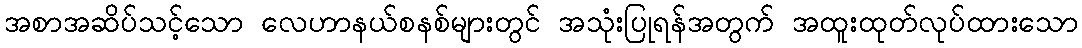
အစာအဆိပ်သင့်သော လေဟာနယ်စနစ်များတွင် အသုံးပြုရန်အတွက် အထူးထုတ်လုပ်ထားသော